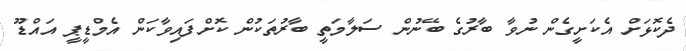
ދެކޮޅަށް އެކަށީގެން ނުވާ ބާރުގެ ބޭނުން ސަލާމަތީ ބާރުތަކުން ކޮށްފައިވާކަން އެމްޑީޕީ އައްޑޫ